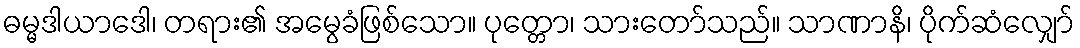
ဓမ္မဒါယာဒေါ၊ တရား၏ အမွေခံဖြစ်သော။ ပုတ္တော၊ သားတော်သည်။ သာဏာနိ၊ ပိုက်ဆံလျှော်